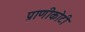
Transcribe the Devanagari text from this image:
प्राणीकोटी